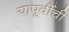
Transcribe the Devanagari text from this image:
यापूर्वीची